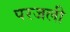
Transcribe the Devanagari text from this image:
परजली